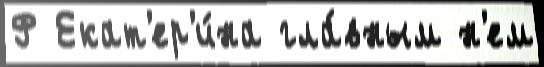
Ф Екат'ер'и́на гла́вным н'ем